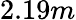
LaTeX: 2.19m